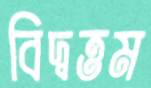
বিদ্বত্তম